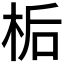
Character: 𪲉